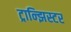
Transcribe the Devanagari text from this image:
ट्रान्झिस्टर